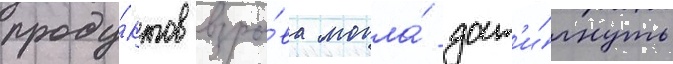
проду́ктов взры́ва могла́ дост'и́гнуть